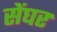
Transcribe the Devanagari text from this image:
सेंघर